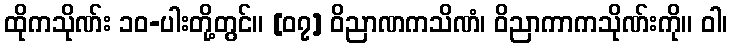
ထိုကသိုဏ်း ၁၀-ပါးတို့တွင်။ [၀၇] ဝိညာဏကသိဏံ၊ ဝိညာကာကသိုဏ်းကို။ ဝါ၊